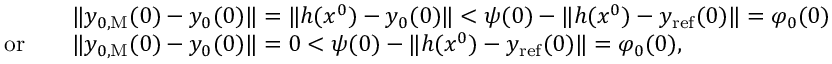
\begin{array} { r l } & { \| y _ { 0 , \mathrm { M } } ( 0 ) - y _ { 0 } ( 0 ) \| = \| h ( x ^ { 0 } ) - y _ { 0 } ( 0 ) \| < \psi ( 0 ) - \| h ( x ^ { 0 } ) - y _ { \mathrm { r e f } } ( 0 ) \| = { \varphi _ { 0 } ( 0 ) } } \\ { \mathrm { o r } \quad } & { \| y _ { 0 , \mathrm { M } } ( 0 ) - y _ { 0 } ( 0 ) \| = 0 < \psi ( 0 ) - \| h ( x ^ { 0 } ) - y _ { \mathrm { r e f } } ( 0 ) \| = \varphi _ { 0 } ( 0 ) , } \end{array}